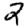
Digit: 2